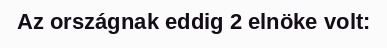
Az országnak eddig 2 elnöke volt: